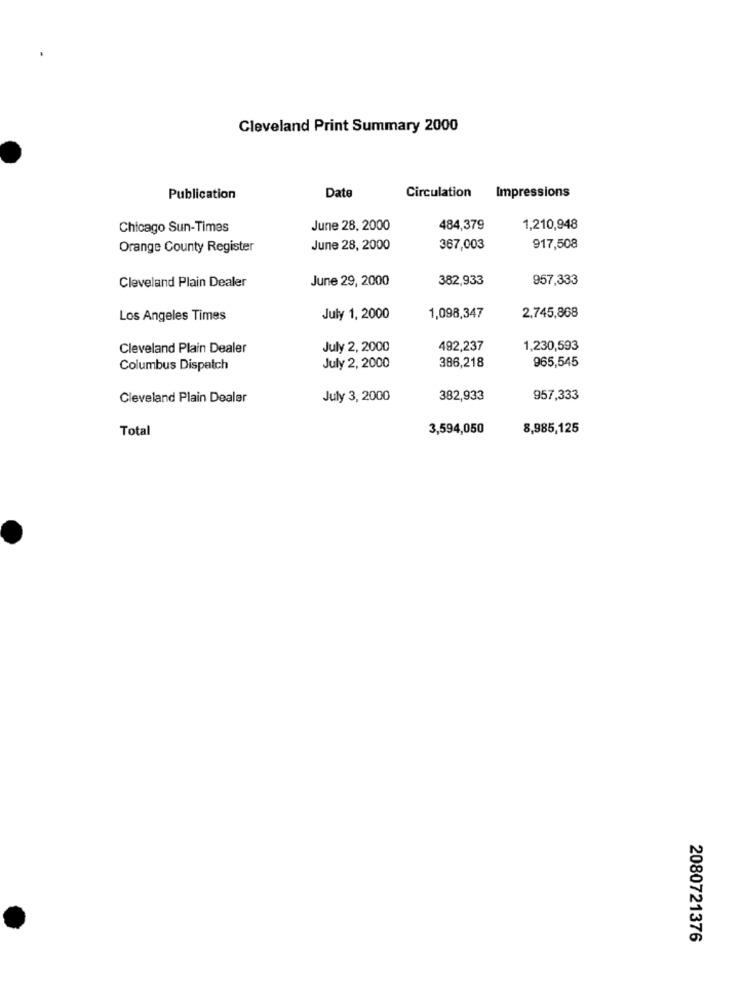
Cleveland Print Summary 2000
Publication
Date
Circulation Impressions
Chicago Sun-Times
June 28, 2000
484,379
1,210,948
Orange County Register
June 28, 2000
367,003
917,508
Cleveland Plain Dealer
June 29, 2000
382,933
957,333
2.745,868
Los Angeles Times
July 1, 2000
1,098,347
Cleveland Plain Dealer
July 2, 2000
492,237
1,230,593
386,218
965,545
Columbus Dispatch
July 2, 2000
Cleveland Plain Dealer
July 3, 2000
382,933
957,333
Total
3,594,050
8,985,125
2080721376